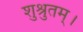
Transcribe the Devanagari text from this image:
शुश्रुतम्।